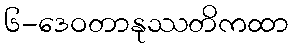
၆-ဒေဝတာနုဿတိကထာ